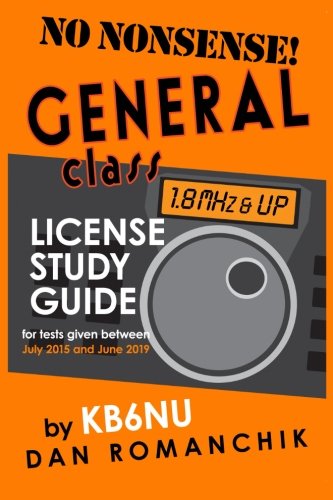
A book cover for No-Nonsense General Class License Study Guide: (for tests given between July 2015 and June 2019); Dan Romanchik KB6NU; Crafts, Hobbies & Home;